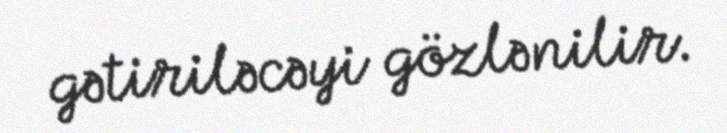
gətiriləcəyi gözlənilir.